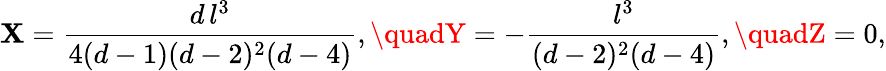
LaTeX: \mathbf{X}={\frac{{d\, l^{3}}}{{4(d-1)(d-2)^{2}(d-4)}}},\quadY=-{\frac{{l^{3}}}{{(d-2)^{2}(d-4)}}},\quadZ=0,